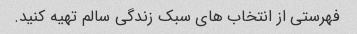
فهرستی از انتخاب های سبک زندگی سالم تهیه کنید.